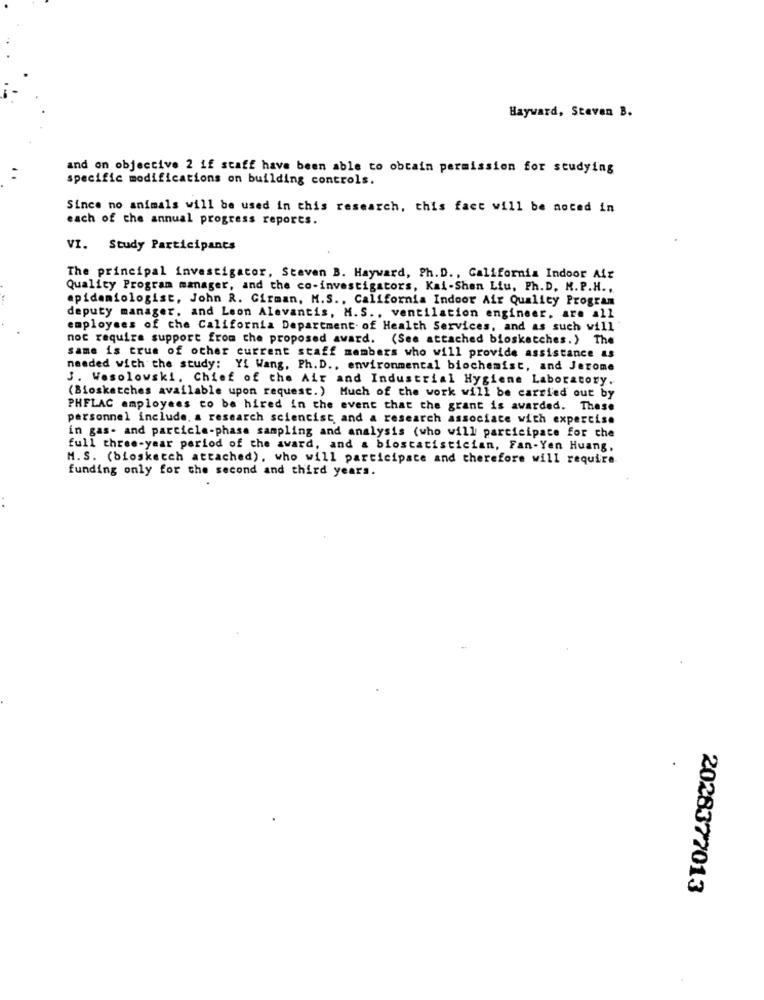
Hayward, Steven B.
and on objective 2 if staff have been able to obtain permission for studying
..
specific modifications on building controls.
Since no animals will be used in this research, this fact will be aoted in
each of the annual progress reports.
VI. Study Participants
The principal investigator, Steven B. Hayward, Ph. D ., California Indoor Air
Quality Program manager, and the co-investigators, Kai-Shen Liu, Ph.D. M. P.H ..
epidemiologist, John R. Girman, H.S ., California Indoor Air Quality Program
deputy manager. and Leon Alevantis, M.S ., ventilation engineer. are all
employees of the California Department of Health Services, and as such will
noc require support from the proposed award. (See attached biosketches. ) The
same is true of other current staff members who will provide assistance as
needed with the study: Yi Wang, Ph. D ., environmental biochemist, and Jerome
J. Wesolowski, Chief of the Air and Industrial Hygiene Laboratory.
(Biosketches available upon request. ) Much of the work will be carried out by
PHFLAC employees to be hired in the event that the grant is awarded. These
personnel include. a research sciencist and a research associate with expertise
in gas- and particle-phase sampling and analysis (who will participate for che
full three-year period of the award, and & biostatistician, Fan-Yen Huang,
M. S. (biosketch attached), who will participate and therefore will require
funding only for the second and third years.
2028377013